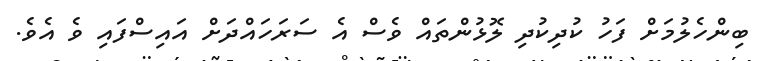
ބިންހެލުމަށް ފަހު ކުދިކުދި ލޮޅުންތައް ވެސް އެ ސަރަހައްދަށް އައިސްފައި ވެ އެވެ.